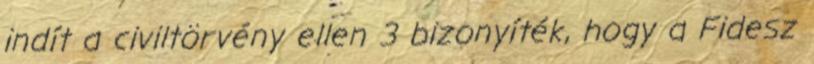
indít a civiltörvény ellen 3 bizonyíték, hogy a Fidesz